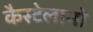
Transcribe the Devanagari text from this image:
कैस्टेलानो